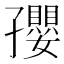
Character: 孾